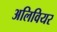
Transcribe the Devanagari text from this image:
अलिवियर